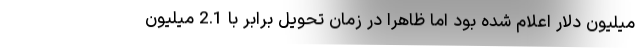
میلیون دلار اعلام شده بود اما ظاهرا در زمان تحویل برابر با 2.1 میلیون